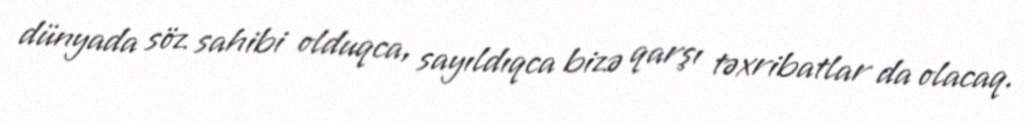
dünyada söz sahibi olduqca, sayıldıqca bizə qarşı təxribatlar da olacaq.